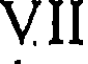
VII